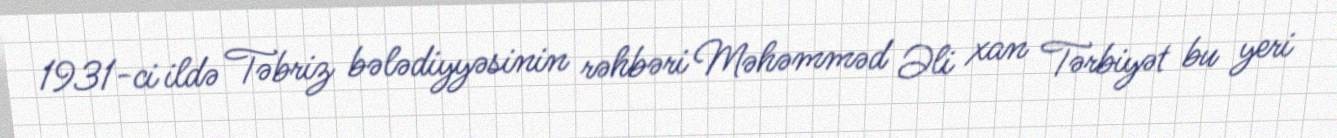
1931-ci ildə Təbriz bələdiyyəsinin rəhbəri Məhəmməd Əli xan Tərbiyət bu yeri